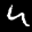
Label: 4